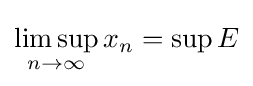
\limsup _{n\to \infty }x_{n}=\sup E